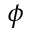
\phi